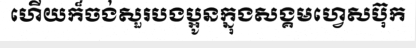
ហើយក៏ចង់សួរបងប្អូនក្នុងសង្គមហ្វេសប៊ុក